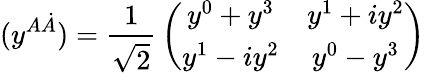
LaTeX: (y^{A\dot{A}})={\frac{1}{\sqrt{2}}}\left(\begin{array}{cc}{{y^{0}+y^{3}}}&{{y^{1}+iy^{2}}}\\ {{y^{1}-iy^{2}}}&{{y^{0}-y^{3}}}\end{array}\right)